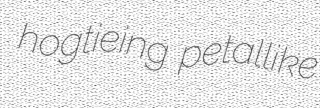
hogtieing petallike